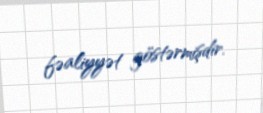
fəaliyyət göstərmişdir.